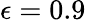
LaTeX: \epsilon=0.9